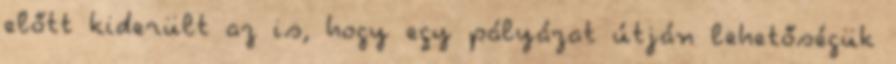
előtt kiderült az is, hogy egy pályázat útján lehetőségük